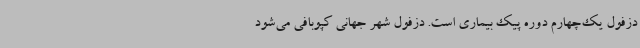
دزفول یک‌چهارم دوره پیک بیماری است. دزفول شهر جهانی کپوبافی می‌شود